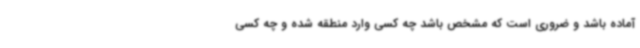
آماده باشد و ضروری است که مشخص باشد چه کسی وارد منطقه شده و چه کسی